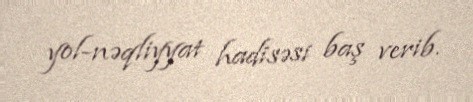
yol-nəqliyyat hadisəsi baş verib.